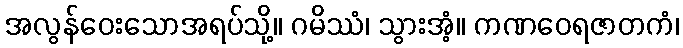
အလွန်ဝေးသောအရပ်သို့။ ဂမိဿံ၊ သွားအံ့။ ကဏဝေရဇာတကံ၊